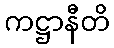
ကဋ္ဌာနီတိ